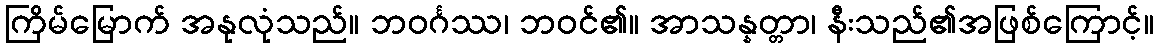
ကြိမ်မြောက် အနုလုံသည်။ ဘဝင်္ဂဿ၊ ဘဝင်၏။ အာသန္နတ္တာ၊ နီးသည်၏အဖြစ်ကြောင့်။